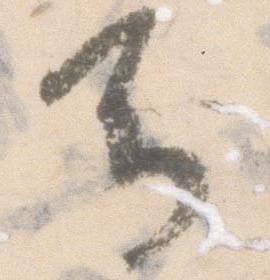
馬